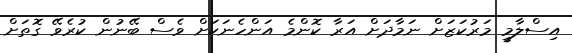
އިސްލާމީ މަރުކަޒަށް ނަމާދަށް އަރާ ކޮންމެ އަންހެނަކަށް ވެސް ބޭނުން ކުރެވޭ ގޮތަށް